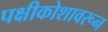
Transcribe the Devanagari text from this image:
पक्षीकोशावरून